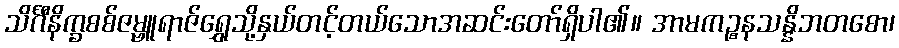
သိင်္ဂီနိက္ခစစ်ဇမ္ဗူရာဇ်ရွှေသို့နှယ်တင့်တယ်သောအဆင်းတော်ရှိပါ၏။ အာမကဉ္စနသန္နိဘတစော၊